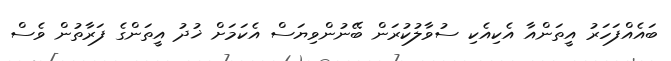
ބައެއްފަހަރު އީތަންއާ އެކިއެކި ސުވާލުކުރަން ބޭނުންވިޔަސް އެކަމަށް ޚުދު އީތަންގެ ފަރާތުން ވެސް